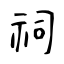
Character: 祠